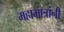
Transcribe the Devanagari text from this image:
महामात्रांनी